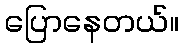
ပြောနေတယ်။